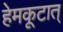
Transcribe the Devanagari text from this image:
हेमकूटात्